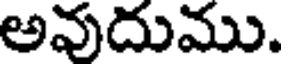
అవుదుము.